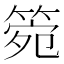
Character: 箢